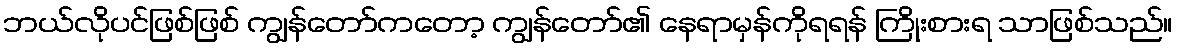
ဘယ်လိုပင်ဖြစ်ဖြစ် ကျွန်တော်ကတော့ ကျွန်တော်၏ နေရာမှန်ကိုရရန် ကြိုးစားရ သာဖြစ်သည်။